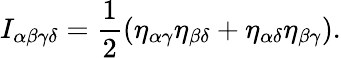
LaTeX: I_{\alpha\beta\gamma\delta}=\frac{1}{2}\left(\eta_{\alpha\gamma}\eta_{\beta\delta}+\eta_{\alpha\delta}\eta_{\beta\gamma}\right).